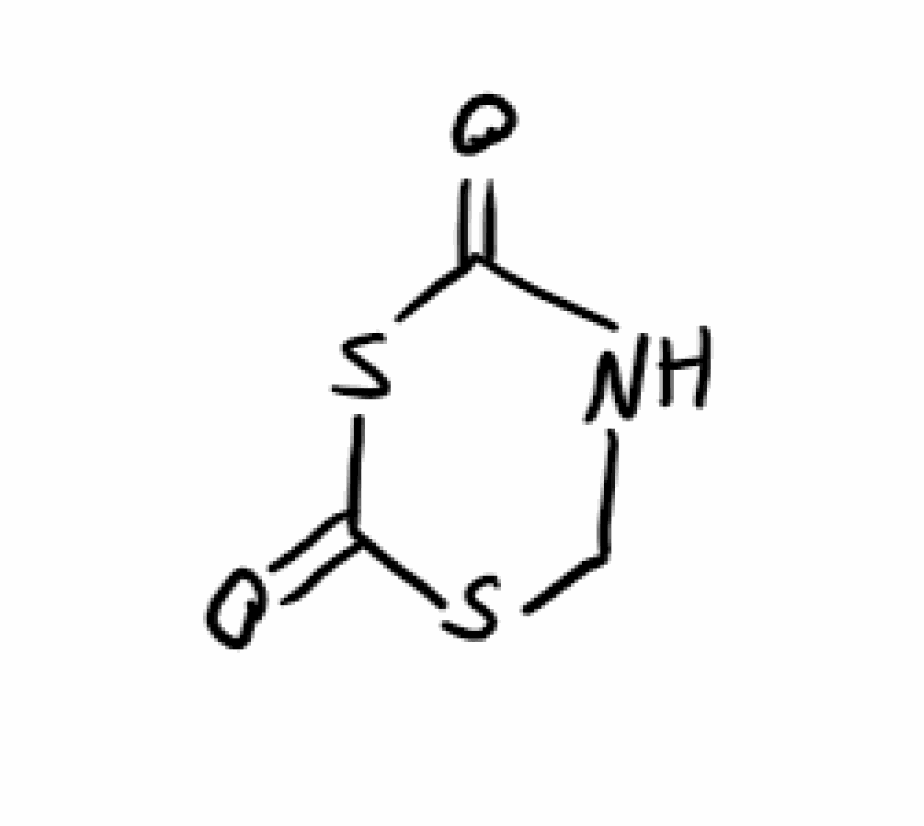
Simplified molecular-input line-entry system (SMILES) notation of the given molecule:
C1NC(=O)SC(=O)S1